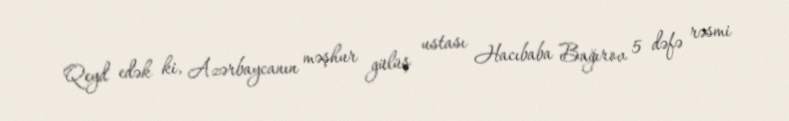
Qeyd edək ki, Azərbaycanın məşhur gülüş ustası Hacıbaba Bağırov 5 dəfə rəsmi